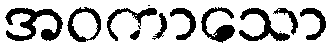
အဝကာသော